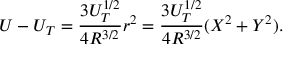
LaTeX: U - U _ { T } = \frac { 3 U _ { T } ^ { 1 / 2 } } { 4 R ^ { 3 / 2 } } r ^ { 2 } = \frac { 3 U _ { T } ^ { 1 / 2 } } { 4 R ^ { 3 / 2 } } ( X ^ { 2 } + Y ^ { 2 } ) .